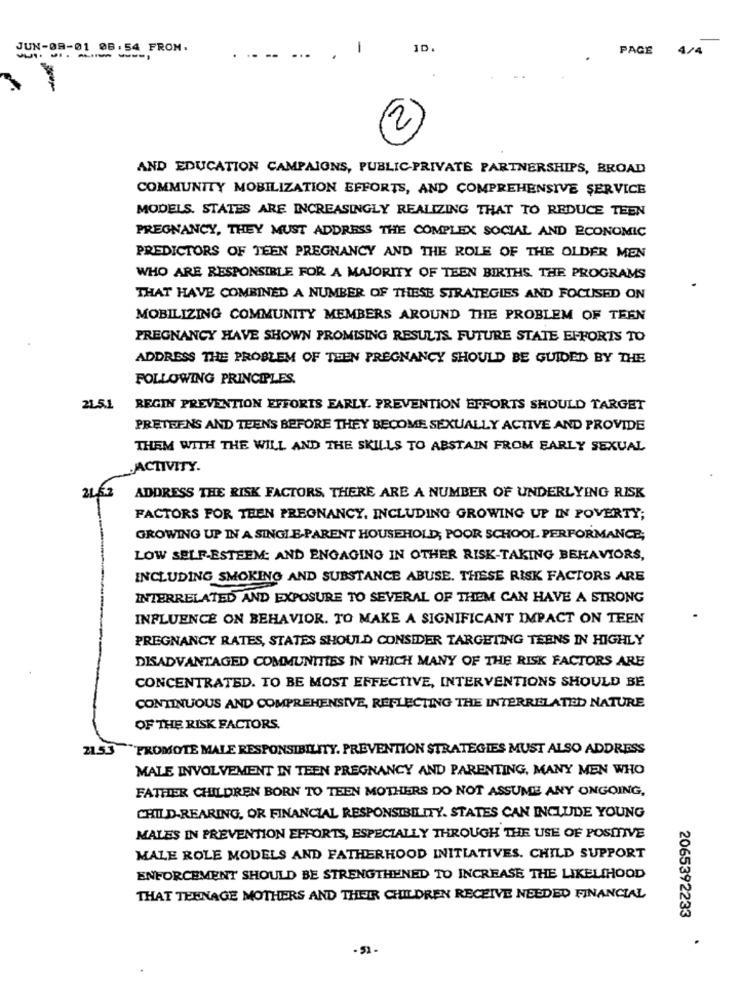
JUN-09-01 06.54 FROM.
1
ID.
PAGE
4/4
------
2
AND EDUCATION CAMPAIGNS, PUBLIC-PRIVATE PARTNERSHIPS, BROAD
COMMUNITY MOBILIZATION EFFORTS, AND COMPREHENSIVE SERVICE
MODELS. STATES ARE INCREASINGLY REALIZING THAT TO REDUCE TEEN
PREGNANCY, THEY MUST ADDRESS THE COMPLEX SOCIAL AND ECONOMIC
PREDICTORS OF TEEN PREGNANCY AND THE ROLE OF THE OLDER MEN
WHO ARE RESPONSIBLE FOR A MAJORITY OF TEEN BIRTHS. THE PROGRAMS
THAT HAVE COMBINED A NUMBER OF THESE STRATEGIES AND FOCUSED ON
MOBILIZING COMMUNITY MEMBERS AROUND THE PROBLEM OF TEEN
PREGNANCY HAVE SHOWN PROMISING RESULTS. FUTURE STATE EFFORTS TO
ADDRESS THE PROBLEM OF TEEN PREGNANCY SHOULD BE GUIDED BY THE
FOLLOWING PRINCIPLES.
21.5.1
REGIN PREVENTION EFFORTS EARLY. PREVENTION EFFORTS SHOULD TARGET
PRETEENS AND TEENS BEFORE THEY BECOME SEXUALLY ACTIVE AND PROVIDE
THEM WITH THE WILL AND THE SKILLS TO ABSTAIN FROM EARLY SEXUAL
ACTIVITY.
2152 ADDRESS THE RISK FACTORS, THERE ARE A NUMBER OF UNDERLYING RISK
FACTORS FOR TEEN PREGNANCY, INCLUDING GROWING UP IN POVERTY;
GROWING UP IN A SINGLE-PARENT HOUSEHOLD; POOR SCHOOL. PERFORMANCE;
LOW SELF-ESTEEM: AND ENGAGING IN OTHER RISK-TAKING BEHAVIORS,
INCLUDING SMOKING AND SUBSTANCE ABUSE. THESE RISK FACTORS ARE
INTERRELATED AND EXPOSURE TO SEVERAL OF THEM CAN HAVE A STRONG
INFLUENCE ON BEHAVIOR. TO MAKE A SIGNIFICANT IMPACT ON TEEN
PREGNANCY RATES, STATES SHOULD CONSIDER TARGETING TEENS IN HIGHLY
DISADVANTAGED COMMUNITIES IN WHICH MANY OF THE RISK FACTORS ARE
CONCENTRATED. TO BE MOST EFFECTIVE, INTERVENTIONS SHOULD BE
CONTINUOUS AND COMPREHENSIVE, REFLECTING THE INTERRELATED NATURE
OF THE RISK FACTORS.
21.53 "PROMOTE MALE RESPONSIBILITY. PREVENTION STRATEGIES MUST ALSO ADDRESS
MALE INVOLVEMENT IN TEEN PREGNANCY AND PARENTING, MANY MEN WHO
FATHER CHILDREN BORN TO TEEN MOTHERS DO NOT ASSUME ANY ONGOING,
CHILD-REARING, OR FINANCIAL RESPONSIBILITY. STATES CAN INCLUDE YOUNG
MALES IN PREVENTION EFFORTS, ESPECIALLY THROUGH THE USE OF POSITIVE
MALE ROLE MODELS AND FATHERHOOD INITIATIVES. CHILD SUPPORT
ENFORCEMENT SHOULD BE STRENGTHENED TO INCREASE THE LIKELIHOOD
THAT TEENAGE MOTHERS AND THEIR CHILDREN RECEIVE NEEDED FINANCIAL
2065392233
.
-52-